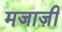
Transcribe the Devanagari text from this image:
मजाज़ी